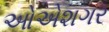
ઓએશગર